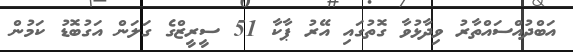
އަބްދުއްސައްތާރު ވިދާޅުވާ ގޮތުގައި އޭރު ޕާކާ 51 ސީރީޒްގެ ގަލަން އަގުބޮޑު ކަމުން